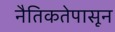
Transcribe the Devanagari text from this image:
नैतिकतेपासून